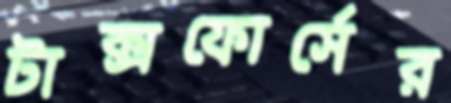
টাক্সফোর্সের